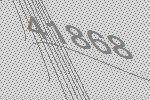
41868